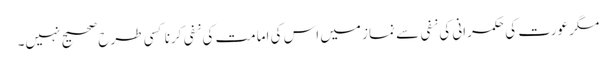
مگر عورت کی حکمرانی کی نفی سے نماز میں اس کی امامت کی نفی کرنا کسی طرح صحیح نہیں۔